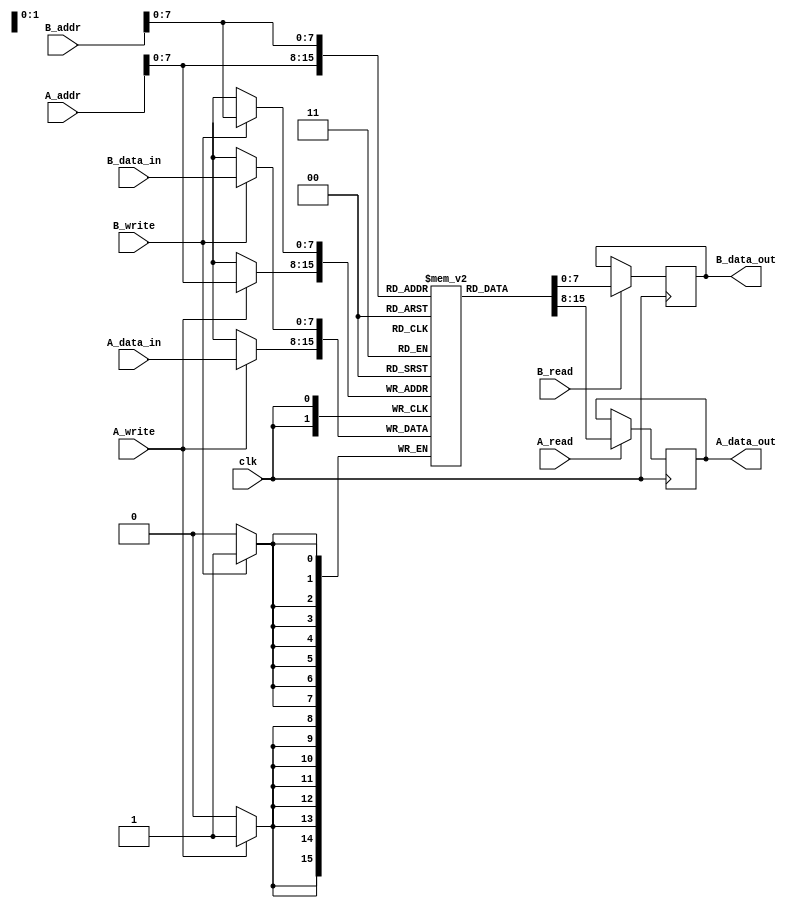
module dual_port_sram #(
    parameter N = 256,  // Number of words
    parameter M = 8     // Width of each word in bits
) (
    input wire clk,                // Clock signal
    input wire A_read,            // Port A read control
    input wire A_write,           // Port A write control
    input wire [N-1:0] A_addr,    // Port A address
    input wire [M-1:0] A_data_in,  // Port A data input
    output reg [M-1:0] A_data_out, // Port A data output

    input wire B_read,            // Port B read control
    input wire B_write,           // Port B write control
    input wire [N-1:0] B_addr,    // Port B address
    input wire [M-1:0] B_data_in,  // Port B data input
    output reg [M-1:0] B_data_out  // Port B data output
);

    // Memory array declaration
    reg [M-1:0] memory [0:N-1];

    // Write and Read operations for Port A
    always @(posedge clk) begin
        if (A_write) begin
            memory[A_addr] <= A_data_in; // Write data to memory
        end
        if (A_read) begin
            A_data_out <= memory[A_addr]; // Read data from memory
        end
    end

    // Write and Read operations for Port B
    always @(posedge clk) begin
        if (B_write) begin
            memory[B_addr] <= B_data_in; // Write data to memory
        end
        if (B_read) begin
            B_data_out <= memory[B_addr]; // Read data from memory
        end
    end

endmodule